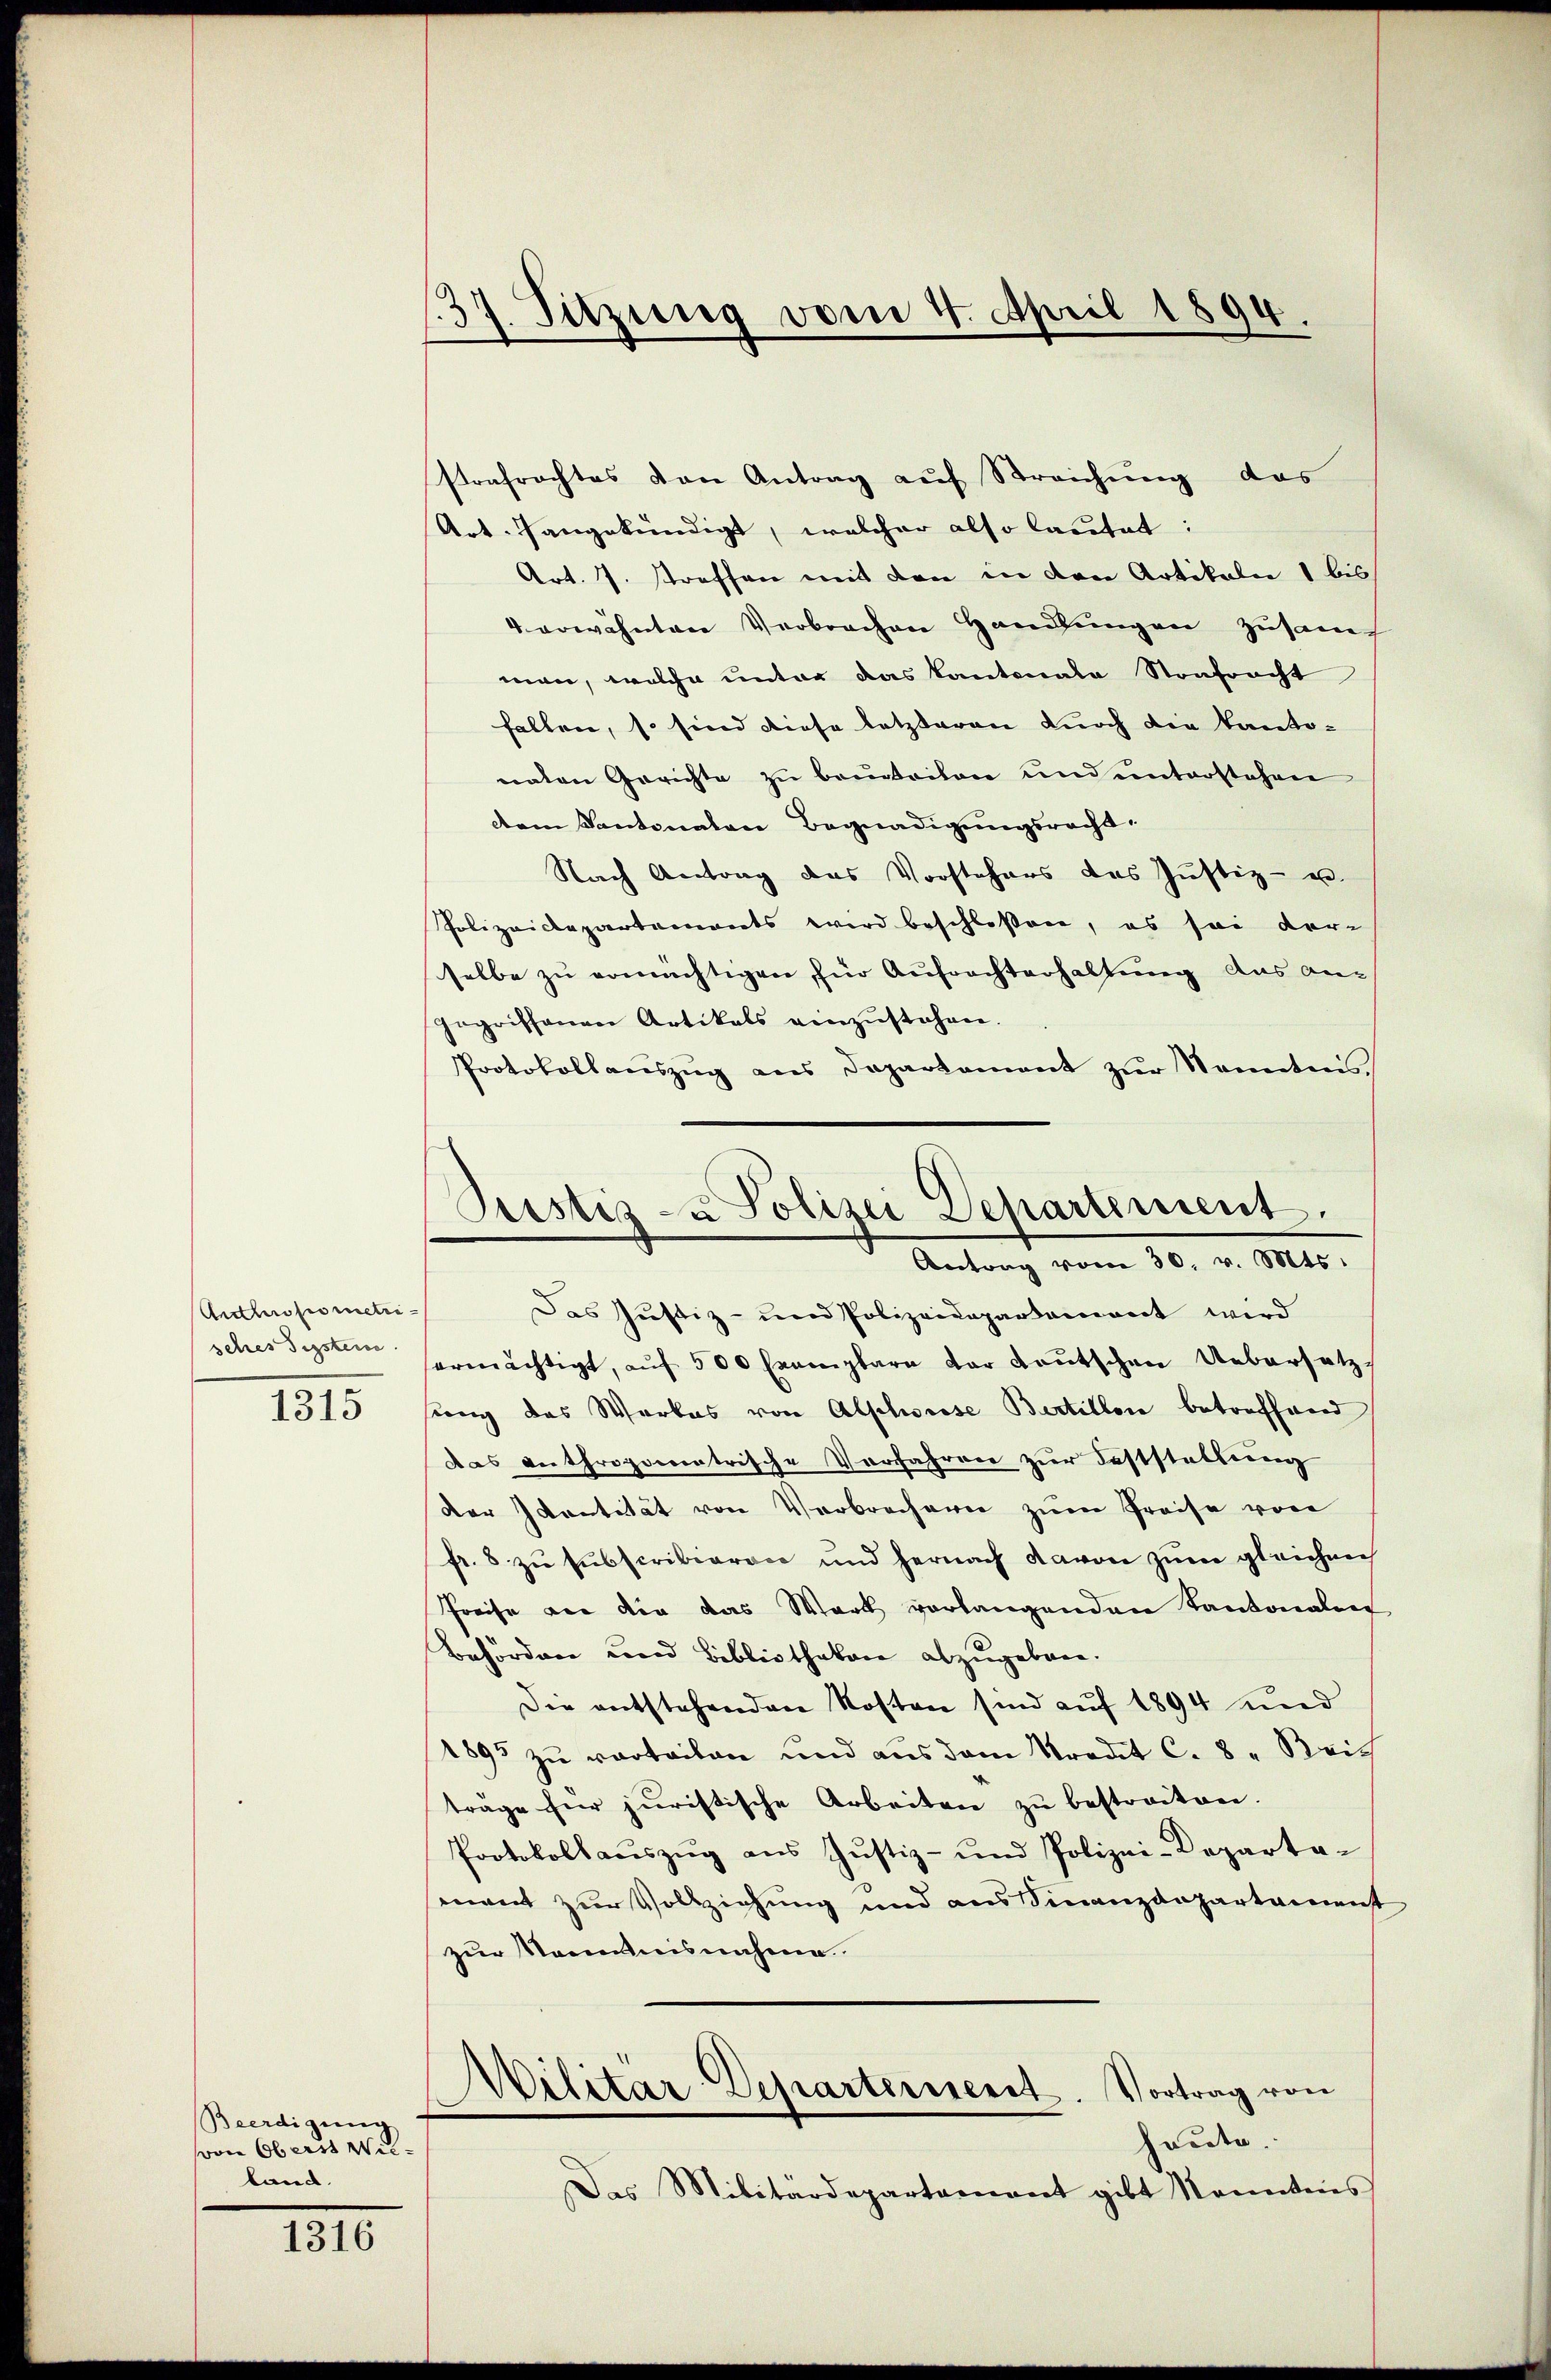
Antthropometri¬
1315

Beerdigŭng
von Oberst Willand.

1316

strafrachtes von Antrag auf Streichung das
Art. angekündigt, welcher also lautet:
Art. 7. Straffen mit den in den Artikalen 1 bis
4 erwähnten Verbrachen Handlungen zusam
man, welche unter das Kantonale Strafracht
fallen, so sind diese letzteren durch die Kanto-
naten Gerichte zu beurteilen und unterstehen
dem Kantonalen Begnadigungsrecht.
Nach Antrag das Vorstehers das Justiz- u.
Polizeidepartements wird beschlossen, es sei vor-
selbe zu ermächtigen, für Aufrechterhaltung aus angegriffenen Artikals einzŭstehen.
Protokollauszug aus Departament zur Sonntnis

.
137. Sitzung vom 4. April 1894.

Pustiz- u Polizei Departement.
Antrag vom 30. v. Mts.

Das Justiz- und Polizeidepartament wird
sches dessten ermächtigt, aŭf 500 Exemplare der Leŭtschen Uebersetz-
ung das Werkes von Alphorise Bertillen betreffend
das anthropometrische Verfahren zŭr Feststellŭng
Vor Ivantität von Verbrechern zum Preise von
fr. 8 zu subscribieren und hernach davon zum gleichen
Preise von die das Werk vorlangenden Kantonalen
Behörden und Bibliotheken abzugeben.
Die entstehenden Kosten sind auf 1894 und
1893 zu verteilen und aus dem Stradit C. 8. Bris
träge für juristische Arbeiten zŭ bestreiten.
Protokollaŭszŭg aŭs Jŭstiz- und Polizei-Departa-
mont zur Vollziehung und aus Finanzdepartament
zur Manntnisnahme.
Militär-Departerieret. Vortrag von
heute.
Das Militärdepartament gibt konntenes